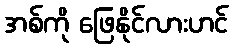
အစ်ကို ဖြေနိုင်လားဟင်